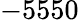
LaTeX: -5550